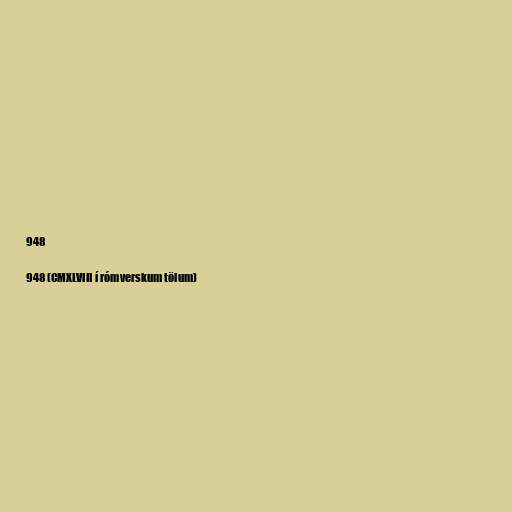
948

948 (CMXLVIII í rómverskum tölum)